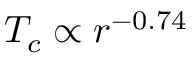
T _ { c } \propto r ^ { - 0 . 7 4 }